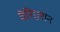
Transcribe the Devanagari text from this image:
वेरिएशन